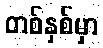
တစ်နှစ်မှာ